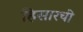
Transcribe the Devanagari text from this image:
हिसारची